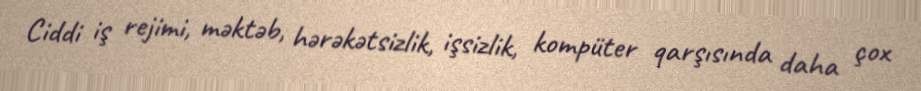
Ciddi iş rejimi, məktəb, hərəkətsizlik, işsizlik, kompüter qarşısında daha çox